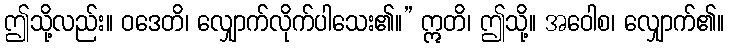
ဤသို့လည်း။ ဝဒေတိ၊ လျှောက်လိုက်ပါသေး၏။” ဣတိ၊ ဤသို့။ အဝေါစ၊ လျှောက်၏။